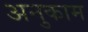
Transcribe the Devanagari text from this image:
अनुकाम